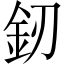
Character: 釰